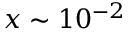
x \sim 1 0 ^ { - 2 }